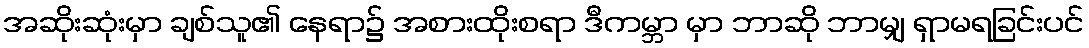
အဆိုးဆုံးမှာ ချစ်သူ၏ နေရာ၌ အစားထိုးစရာ ဒီကမ္ဘာ မှာ ဘာဆို ဘာမျှ ရှာမရခြင်းပင်